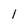
Character: l